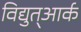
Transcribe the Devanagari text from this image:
विद्युत्आर्क